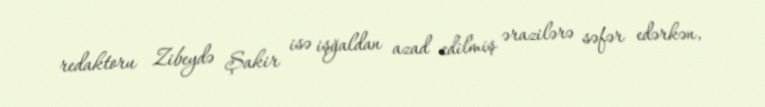
redaktoru Zibeydə Şakir isə işğaldan azad edilmiş ərazilərə səfər edərkən,